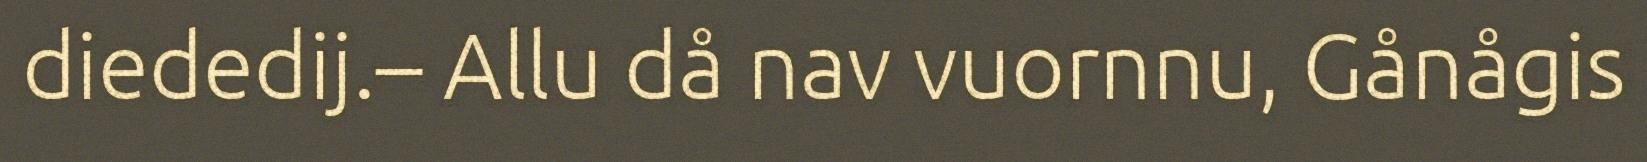
diededij.– Allu då nav vuornnu, Gånågis